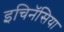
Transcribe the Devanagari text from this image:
इचिनॅसिया